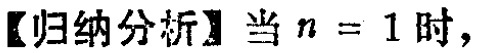
【归纳分析】当 \(n = 1\) 时，